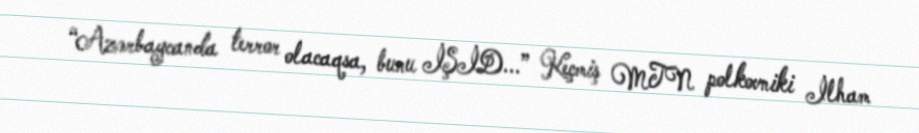
“Azərbaycanda terror olacaqsa, bunu İŞİD...” Keçmiş MTN polkovniki İlham